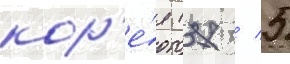
кор'е́я (37 / 5